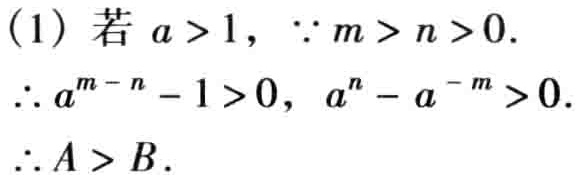
(1) 若 \(a > 1\)，\(\because m > n > 0\).
\(\therefore a^{m - n}-1 > 0\)，\(a^{n}-a^{-m}>0\).
\(\therefore A > B\).